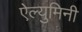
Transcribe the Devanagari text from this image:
ऐल्युमिनी